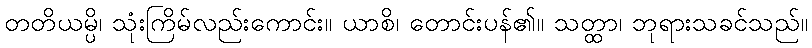
တတိယမ္ပိ၊ သုံးကြိမ်လည်းကောင်း။ ယာစိ၊ တောင်းပန်၏။ သတ္ထာ၊ ဘုရားသခင်သည်။